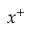
x ^ { + }